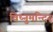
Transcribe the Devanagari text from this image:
विष्नुमन्दिर